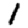
Digit: 1